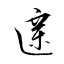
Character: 遧